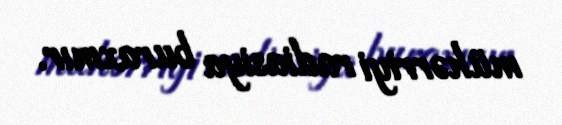
mühərriyi radiasiya buraxmır.